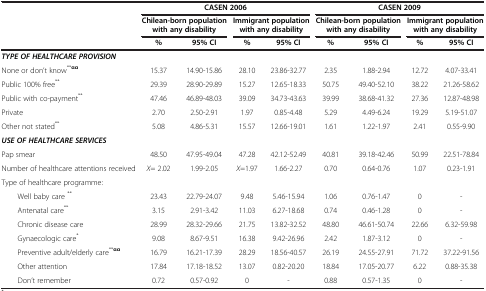
<table><thead><tr><td rowspan="3"><b> </b></td><td colspan="4"><b>CASEN 2006</b></td><td colspan="4"><b>CASEN 2009</b></td></tr><tr><td colspan="2"><b>Chilean-born population with any disability</b></td><td colspan="2"><b>Immigrant population with any disability</b></td><td colspan="2"><b>Chilean-born population with any disability</b></td><td colspan="2"><b>Immigrant population with any disability</b></td></tr><tr><td><b>%</b></td><td><b>95% CI</b></td><td><b>%</b></td><td><b>95% CI</b></td><td><b>%</b></td><td><b>95% CI</b></td><td><b>%</b></td><td><b>95% CI</b></td></tr></thead><tbody><tr><td colspan="9"><b><i>TYPE OF HEALTHCARE PROVISION</i></b></td></tr><tr><td>None or don’t know<sup>**<b>αα</b></sup></td><td>15.37</td><td>14.90-15.86</td><td>28.10</td><td>23.86-32.77</td><td>2.35</td><td>1.88-2.94</td><td>12.72</td><td>4.07-33.41</td></tr><tr><td>Public 100% free<sup>**</sup></td><td>29.39</td><td>28.90-29.89</td><td>15.27</td><td>12.65-18.33</td><td>50.75</td><td>49.40-52.10</td><td>38.22</td><td>21.26-58.62</td></tr><tr><td>Public with co-payment<sup>**</sup></td><td>47.46</td><td>46.89-48.03</td><td>39.09</td><td>34.73-43.63</td><td>39.99</td><td>38.68-41.32</td><td>27.36</td><td>12.87-48.98</td></tr><tr><td>Private</td><td>2.70</td><td>2.50-2.91</td><td>1.97</td><td>0.85-4.48</td><td>5.29</td><td>4.49-6.24</td><td>19.29</td><td>5.19-51.07</td></tr><tr><td>Other not stated<sup>**</sup></td><td>5.08</td><td>4.86-5.31</td><td>15.57</td><td>12.66-19.01</td><td>1.61</td><td>1.22-1.97</td><td>2.41</td><td>0.55-9.90</td></tr><tr><td colspan="9"><b><i>USE OF HEALTHCARE SERVICES</i></b></td></tr><tr><td>Pap smear</td><td>48.50</td><td>47.95-49.04</td><td>47.28</td><td>42.12-52.49</td><td>40.81</td><td>39.18-42.46</td><td>50.99</td><td>22.51-78.84</td></tr><tr><td>Number of healthcare attentions received</td><td><i>X</i>= 2.02</td><td>1.99-2.05</td><td><i>X</i>=1.97</td><td>1.66-2.27</td><td>0.70</td><td>0.64-0.76</td><td>1.07</td><td>0.23-1.91</td></tr><tr><td>Type of healthcare programme:</td><td> </td><td> </td><td> </td><td> </td><td> </td><td> </td><td> </td><td> </td></tr><tr><td>Well baby care <sup>**</sup></td><td>23.43</td><td>22.79-24.07</td><td>9.48</td><td>5.46-15.94</td><td>1.06</td><td>0.76-1.47</td><td>0</td><td>-</td></tr><tr><td>Antenatal care<sup>**</sup></td><td>3.15</td><td>2.91-3.42</td><td>11.03</td><td>6.27-18.68</td><td>0.74</td><td>0.46-1.28</td><td>0</td><td>-</td></tr><tr><td>Chronic disease care</td><td>28.99</td><td>28.32-29.66</td><td>21.75</td><td>13.82-32.52</td><td>48.80</td><td>46.61-50.74</td><td>22.66</td><td>6.32-59.98</td></tr><tr><td>Gynaecologic care<sup>*</sup></td><td>9.08</td><td>8.67-9.51</td><td>16.38</td><td>9.42-26.96</td><td>2.42</td><td>1.87-3.12</td><td>0</td><td>-</td></tr><tr><td>Preventive adult/elderly care<sup>**<b>αα</b></sup></td><td>16.79</td><td>16.21-17.39</td><td>28.29</td><td>18.56-40.57</td><td>26.19</td><td>24.55-27.91</td><td>71.72</td><td>37.22-91.56</td></tr><tr><td>Other attention</td><td>17.84</td><td>17.18-18.52</td><td>13.07</td><td>0.82-20.20</td><td>18.84</td><td>17.05-20.77</td><td>6.22</td><td>0.88-35.38</td></tr><tr><td>Don’t remember</td><td>0.72</td><td>0.57-0.92</td><td>0</td><td>-</td><td>0.88</td><td>0.57-1.35</td><td>0</td><td>-</td></tr></tbody></table>